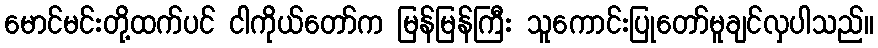
မောင်မင်းတို့ထက်ပင် ငါကိုယ်တော်က မြန်မြန်ကြီး သူကောင်းပြုတော်မူချင်လှပါသည်။